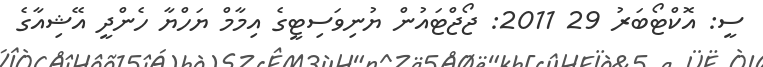
ސީ: އޮކްޓޯބަރު 29 2011: ޖޯޖްޓައުން ޔުނިވަސިޓީގެ އިމާމް ޔަހްޔާ ހެންދީ އޭޝިއާގެ